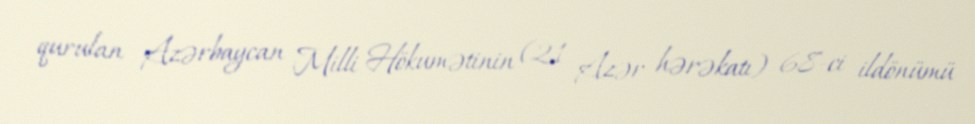
qurulan Azərbaycan Milli Hökumətinin (21 Azər hərəkatı) 68-ci ildönümü